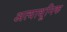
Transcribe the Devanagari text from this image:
अत्याधूनिक